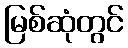
မြစ်ဆုံတွင်